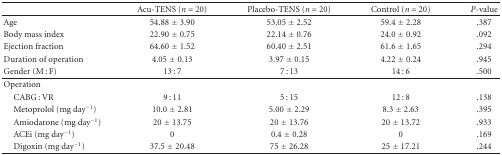
<table><thead><tr><td></td><td><b>Acu-TENS (<i>n</i> = 20)</b></td><td><b>Placebo-TENS (<i>n</i> = 20)</b></td><td><b>Control (<i>n</i> = 20)</b></td><td><b><i>P</i>-value</b></td></tr></thead><tbody><tr><td>Age</td><td>54.88 ± 3.90</td><td>53.05 ± 2.52</td><td>59.4 ± 2.28</td><td> .387</td></tr><tr><td>Body mass index</td><td>22.90 ± 0.75</td><td>22.14 ± 0.76</td><td>24.0 ± 0.92</td><td> .092</td></tr><tr><td>Ejection fraction</td><td>64.60 ± 1.52</td><td>60.40 ± 2.51</td><td>61.6 ± 1.65</td><td> .294</td></tr><tr><td>Duration of operation</td><td>4.05 ± 0.13</td><td>3.97 ± 0.15</td><td>4.22 ± 0.24</td><td> .945</td></tr><tr><td>Gender (M : F)</td><td>13 : 7</td><td>7 : 13</td><td>14 : 6</td><td> .500</td></tr><tr><td>Operation</td><td></td><td></td><td></td><td></td></tr><tr><td> CABG : VR</td><td>9 : 11</td><td>5 : 15</td><td>12 : 8</td><td> .138</td></tr><tr><td> Metoprolol (mg day<sup>−1</sup>)</td><td>10.0 ± 2.81</td><td>5.00 ± 2.29</td><td>8.3 ± 2.63</td><td> .395</td></tr><tr><td> Amiodarone (mg day<sup>−1</sup>)</td><td>20 ± 13.75</td><td>20 ± 13.76</td><td>20 ± 13.72</td><td> .933</td></tr><tr><td> ACEi (mg day<sup>−1</sup>)</td><td>0</td><td>0.4 ± 0.28</td><td>0</td><td> .169</td></tr><tr><td> Digoxin (mg day<sup>−1</sup>)</td><td>37.5 ± 20.48</td><td>75 ± 26.28</td><td>25 ± 17.21</td><td> .244</td></tr></tbody></table>